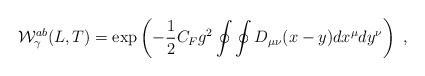
\begin{align*}{\cal W}_\gamma^{ab} (L,T) = {\rm exp}\left( - {1\over 2} C_F g^2\oint\oint D_{\mu \nu}(x-y) dx^\mu dy^\nu \right) \ , \end{align*}